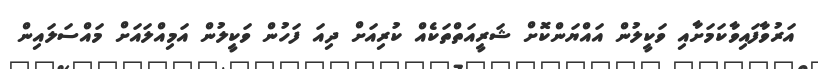
އަރުވާފައިވާކަމަށާއި ވަކީލުން އައްޔަންކޮށް ޝަރީއަތްތަކެއް ކުރިއަށް ދިއަ ފަހުން ވަކީލުން އަމިއްލައަށް މައްސަލައިން